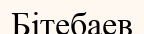
Бітебаев